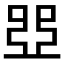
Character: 𠁁